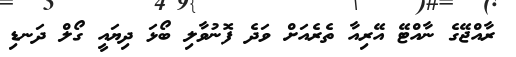
ރާއްޖޭގެ ނާއްޓޭ އޭރިއާ ތެރެއަށް ވަދެ ފޮނުވާލި ބޯޅަ ދިޔައީ ގޯލް ދަނޑި